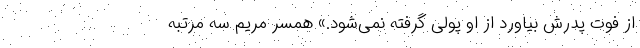
از فوت پدرش بیاورد از او پولی گرفته نمی‌شود.» همسر مریم سه مرتبه